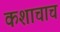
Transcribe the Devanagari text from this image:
कशाचाच